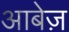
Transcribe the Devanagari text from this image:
आबेज़